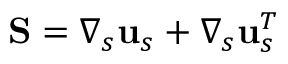
\mathbf { S } = \boldsymbol { \nabla } _ { s } \mathbf { u } _ { s } + \boldsymbol { \nabla } _ { s } \mathbf { u } _ { s } ^ { T }